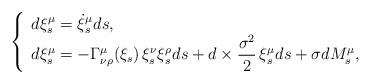
LaTeX: \begin{align*}\left \lbrace \begin{array}{l}\displaystyle{ d \xi^{\mu}_s = \dot{\xi}_s^{\mu} ds}, \\\displaystyle{ d\xi^{\mu}_s= -\Gamma_{\nu \rho}^{\mu}(\xi_s)\, \xi^{\nu}_s \xi^{\rho}_s ds + d \times \frac{\sigma^2}{2}\, \xi^{\mu}_s ds+ \sigma d M^{\mu}_s}, \end{array}\right.\end{align*}